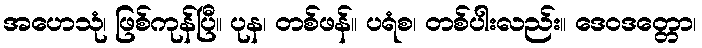
အဟေသုံ၊ ဖြစ်ကုန်ပြီ။ ပုန၊ တစ်ဖန်။ ပရံစ၊ တစ်ပါးလည်း။ ဒေဝဒတ္တော၊